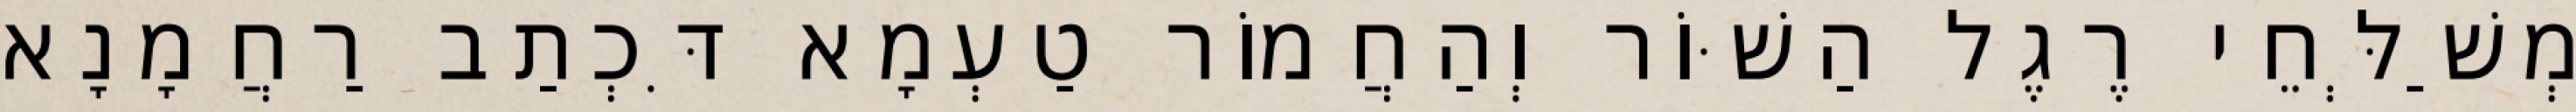
מְשַׁלְּחֵי רֶגֶל הַשּׁוֹר וְהַחֲמוֹר טַעְמָא דִּכְתַב רַחֲמָנָא